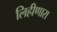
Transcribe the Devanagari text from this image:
लिहीणारा